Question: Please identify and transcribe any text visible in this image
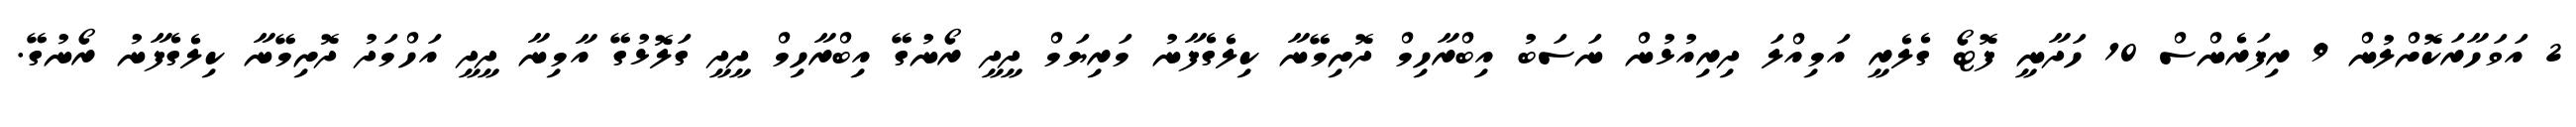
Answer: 2 އަވަހާރަކޮށްލުން 9 ރިފަރެންސް 10 ހަދާނީ ފޮޓޯ ގެލެރީ އަމިއްލަ ދިރިއުޅުން ނަސަބު އިބްރާހިމް ދޮށިމޭނާ ކިލެގެފާނު މަރިޔަމް ދީދީ ރޯނުގޭ އިބްރާހިމް ދީދީ ގަލޮޅުގޭ އާމިނާ ދީދީ އަހްމަދު ދޮށިމޭނާ ކިލެގެފާނު ރޯނުގޭ.